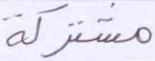
مشتركة